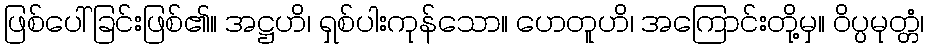
ဖြစ်ပေါ်ခြင်းဖြစ်၏။ အဋ္ဌဟိ၊ ရှစ်ပါးကုန်သော။ ဟေတူဟိ၊ အကြောင်းတို့မှ။ ဝိပ္ပမုတ္တံ၊